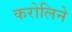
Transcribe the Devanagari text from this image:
करोलिने